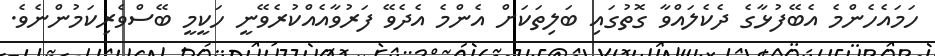
ހަމައެހެންމެ އެބޭފުޅާގެ ދެކެލައްވާ ގޮތުގައި ބަލިތަކަށް އެންމެ އެދެވޭ ފަރުވާއެއްކުރެވޭނީ ހަކީމީ ބޭސްވެރިކަމުންނެވެެ.